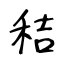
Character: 秸